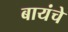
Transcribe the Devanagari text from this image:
बायंचे